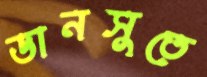
ডানসুতে